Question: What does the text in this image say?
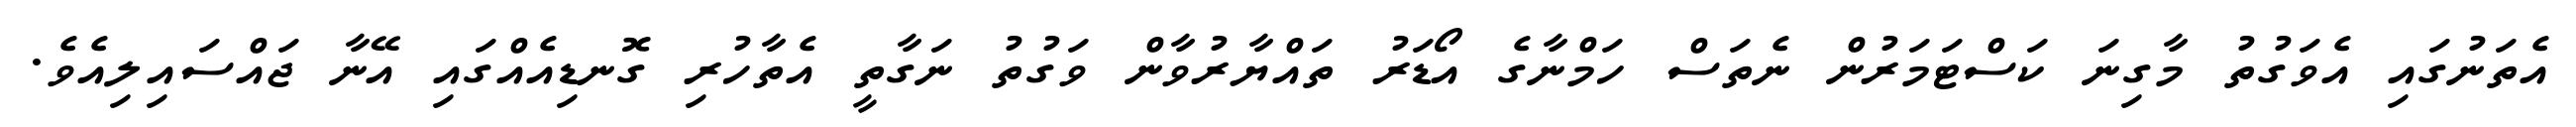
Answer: އެތަނުގައި އެވަގުތު މާގިނަ ކަސްޓަމަރުން ނެތަސް ހަމްނާގެ އޯޑަރު ތައްޔާރުވާން ވަގުތު ނަގާތީ އެތާހުރި ގޮނޑިއެއްގައި އޭނާ ޖައްސައިލިއެވެ.